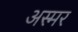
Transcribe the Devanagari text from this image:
अस्मर